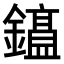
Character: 𫓕